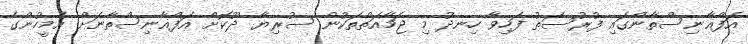
އަފްޣާނިސްތާންގައި ފުރުސަތު ފަހިވާ ހިނދު މި ޖަމާއަތްތަކުން ސުރިޔާ ދޫކޮށް އަފްޣާނިސްތާނަށް އެމީހުންގެ